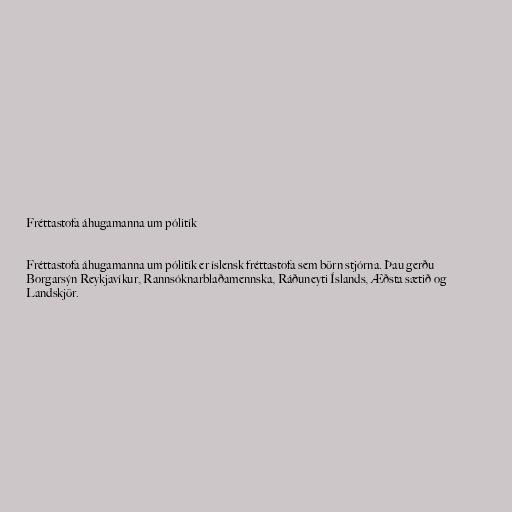
Fréttastofa áhugamanna um pólitík

Fréttastofa áhugamanna um pólitík er íslensk fréttastofa sem börn stjórna. Þau gerðu
Borgarsýn Reykjavíkur, Rannsóknarblaðamennska, Ráðuneyti Íslands, Æðsta sætið og
Landskjör.